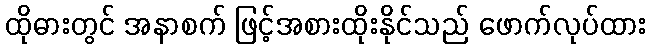
ထိုဓားတွင် အနာစက် ဖြင့်အစားထိုးနိုင်သည် ဖောက်လုပ်ထား